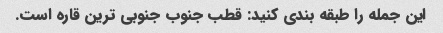
این جمله را طبقه بندی کنید: قطب جنوب جنوبی ترین قاره است.